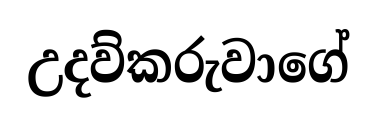
උදව්කරුවාගේ